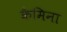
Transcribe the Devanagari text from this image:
कैमिना